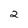
Character: 2